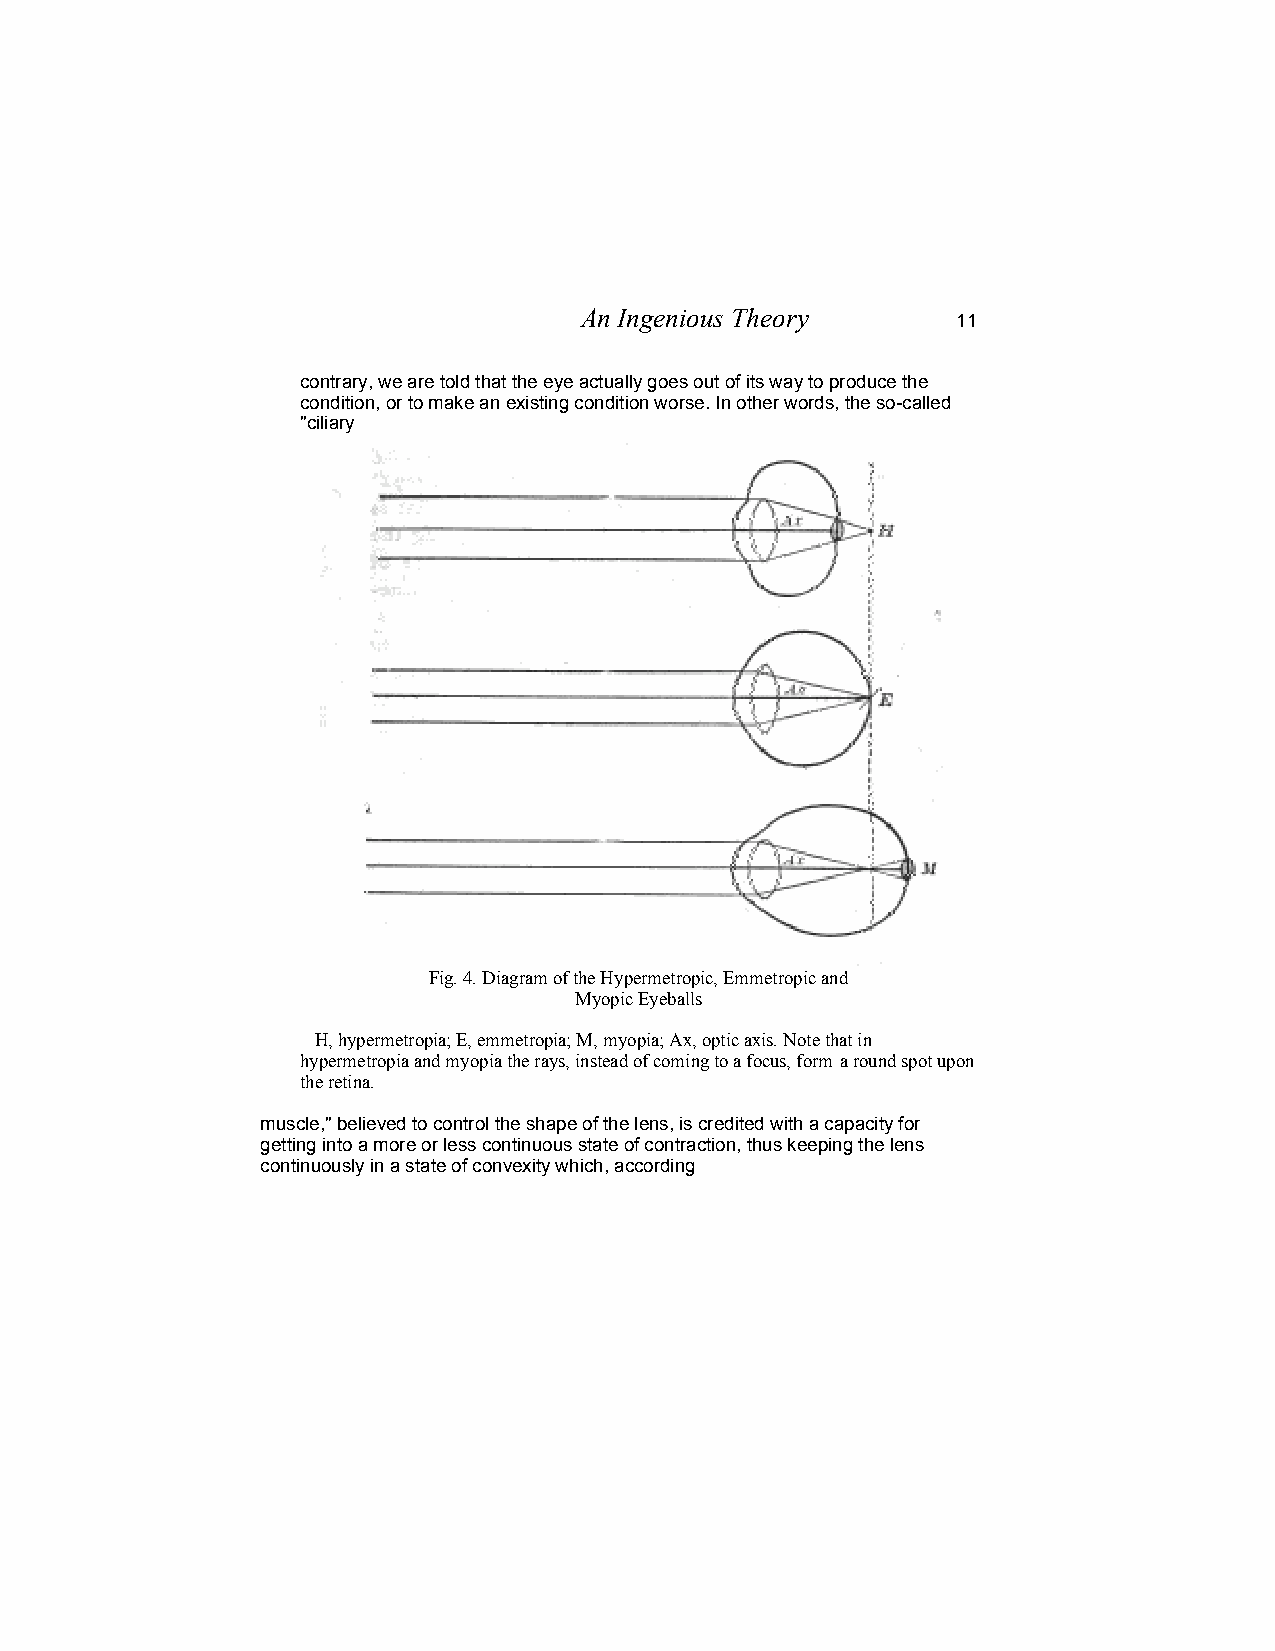
An Ingenious Theory
 11
 contrary, we are told that the eye actually goes out of its way to produce the
 condition, or to make an existing condition worse. In other words, the so-called
 "ciliary
 Fig. 4. Diagram of the Hypermetropic, Emmetropic and
 Myopic Eyeballs
 H, hypermetropia; E, emmetropia; M, myopia; Ax, optic axis. Note that in
 hypermetropia and myopia the rays, instead of coming to a focus, form a round spot upon
 the retina.
 muscle," believed to control the shape of the lens, is credited with a capacity for
 getting into a more or less continuous state of contraction, thus keeping the lens
 continuously in a state of convexity which, according